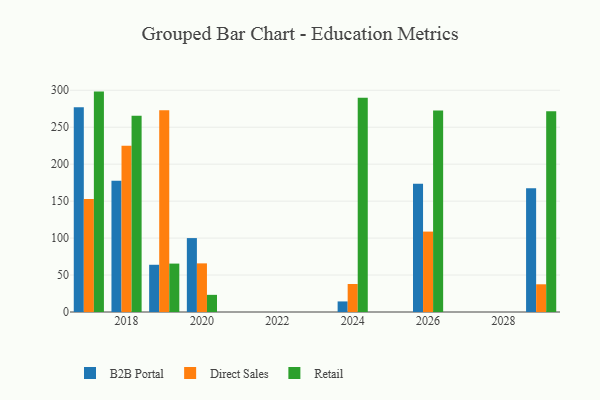
{"axis": {"x": "Year", "y": "Energy Usage (MWh)"}, "legend": ["B2B Portal", "Direct Sales", "Retail"], "data": [{"x": "2024", "y": 14.3, "type": "B2B Portal"}, {"x": "2024", "y": 37.9, "type": "Direct Sales"}, {"x": "2024", "y": 289.9, "type": "Retail"}, {"x": "2020", "y": 100.0, "type": "B2B Portal"}, {"x": "2020", "y": 65.8, "type": "Direct Sales"}, {"x": "2020", "y": 23.2, "type": "Retail"}, {"x": "2017", "y": 277.0, "type": "B2B Portal"}, {"x": "2017", "y": 152.8, "type": "Direct Sales"}, {"x": "2017", "y": 298.2, "type": "Retail"}, {"x": "2026", "y": 173.4, "type": "B2B Portal"}, {"x": "2026", "y": 108.8, "type": "Direct Sales"}, {"x": "2026", "y": 272.6, "type": "Retail"}, {"x": "2019", "y": 63.9, "type": "B2B Portal"}, {"x": "2019", "y": 273.1, "type": "Direct Sales"}, {"x": "2019", "y": 65.5, "type": "Retail"}, {"x": "2018", "y": 177.5, "type": "B2B Portal"}, {"x": "2018", "y": 224.8, "type": "Direct Sales"}, {"x": "2018", "y": 265.6, "type": "Retail"}, {"x": "2029", "y": 167.3, "type": "B2B Portal"}, {"x": "2029", "y": 37.5, "type": "Direct Sales"}, {"x": "2029", "y": 271.5, "type": "Retail"}]}